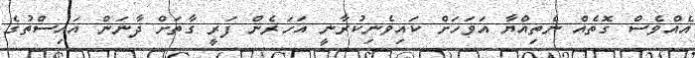
އެއްވެސް ގޮތެއް ނެތިއްޔާ އަވަހަށް ކައިވެނިކުރާނީ އަހަރެން ފަރީ ގާތަށް ދާނަން އައިސްތުގެ